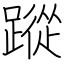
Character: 蹤